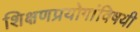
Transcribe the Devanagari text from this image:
शिक्षणप्रयोगांविषयी